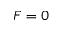
F = 0